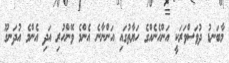
މާބަނޑު ދުވަސްވަރަކީ އަންހެނެއްގެ ހަޔާތުގައި އަންނާނެ އެންމެ ވޭންހުރި އަދި އެންމެ އުދަނގޫ